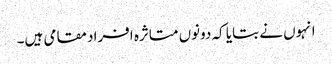
انہوں نے بتایا کہ دونوں متاثرہ افراد مقامی ہیں۔